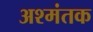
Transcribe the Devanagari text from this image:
अश्मंतक